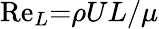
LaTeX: \mathrm{Re}_{L}{=}\rho UL/\mu